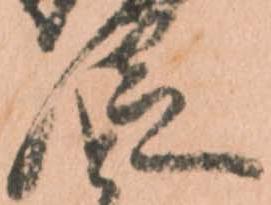
従